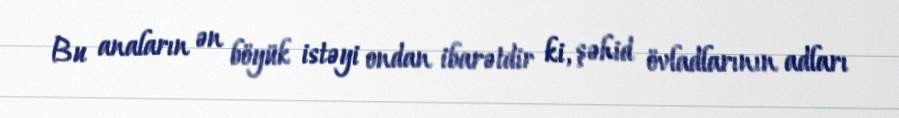
Bu anaların ən böyük istəyi ondan ibarətdir ki, şəhid övladlarının adları